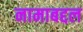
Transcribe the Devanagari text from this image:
नामाबद्दल